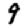
Digit: 9